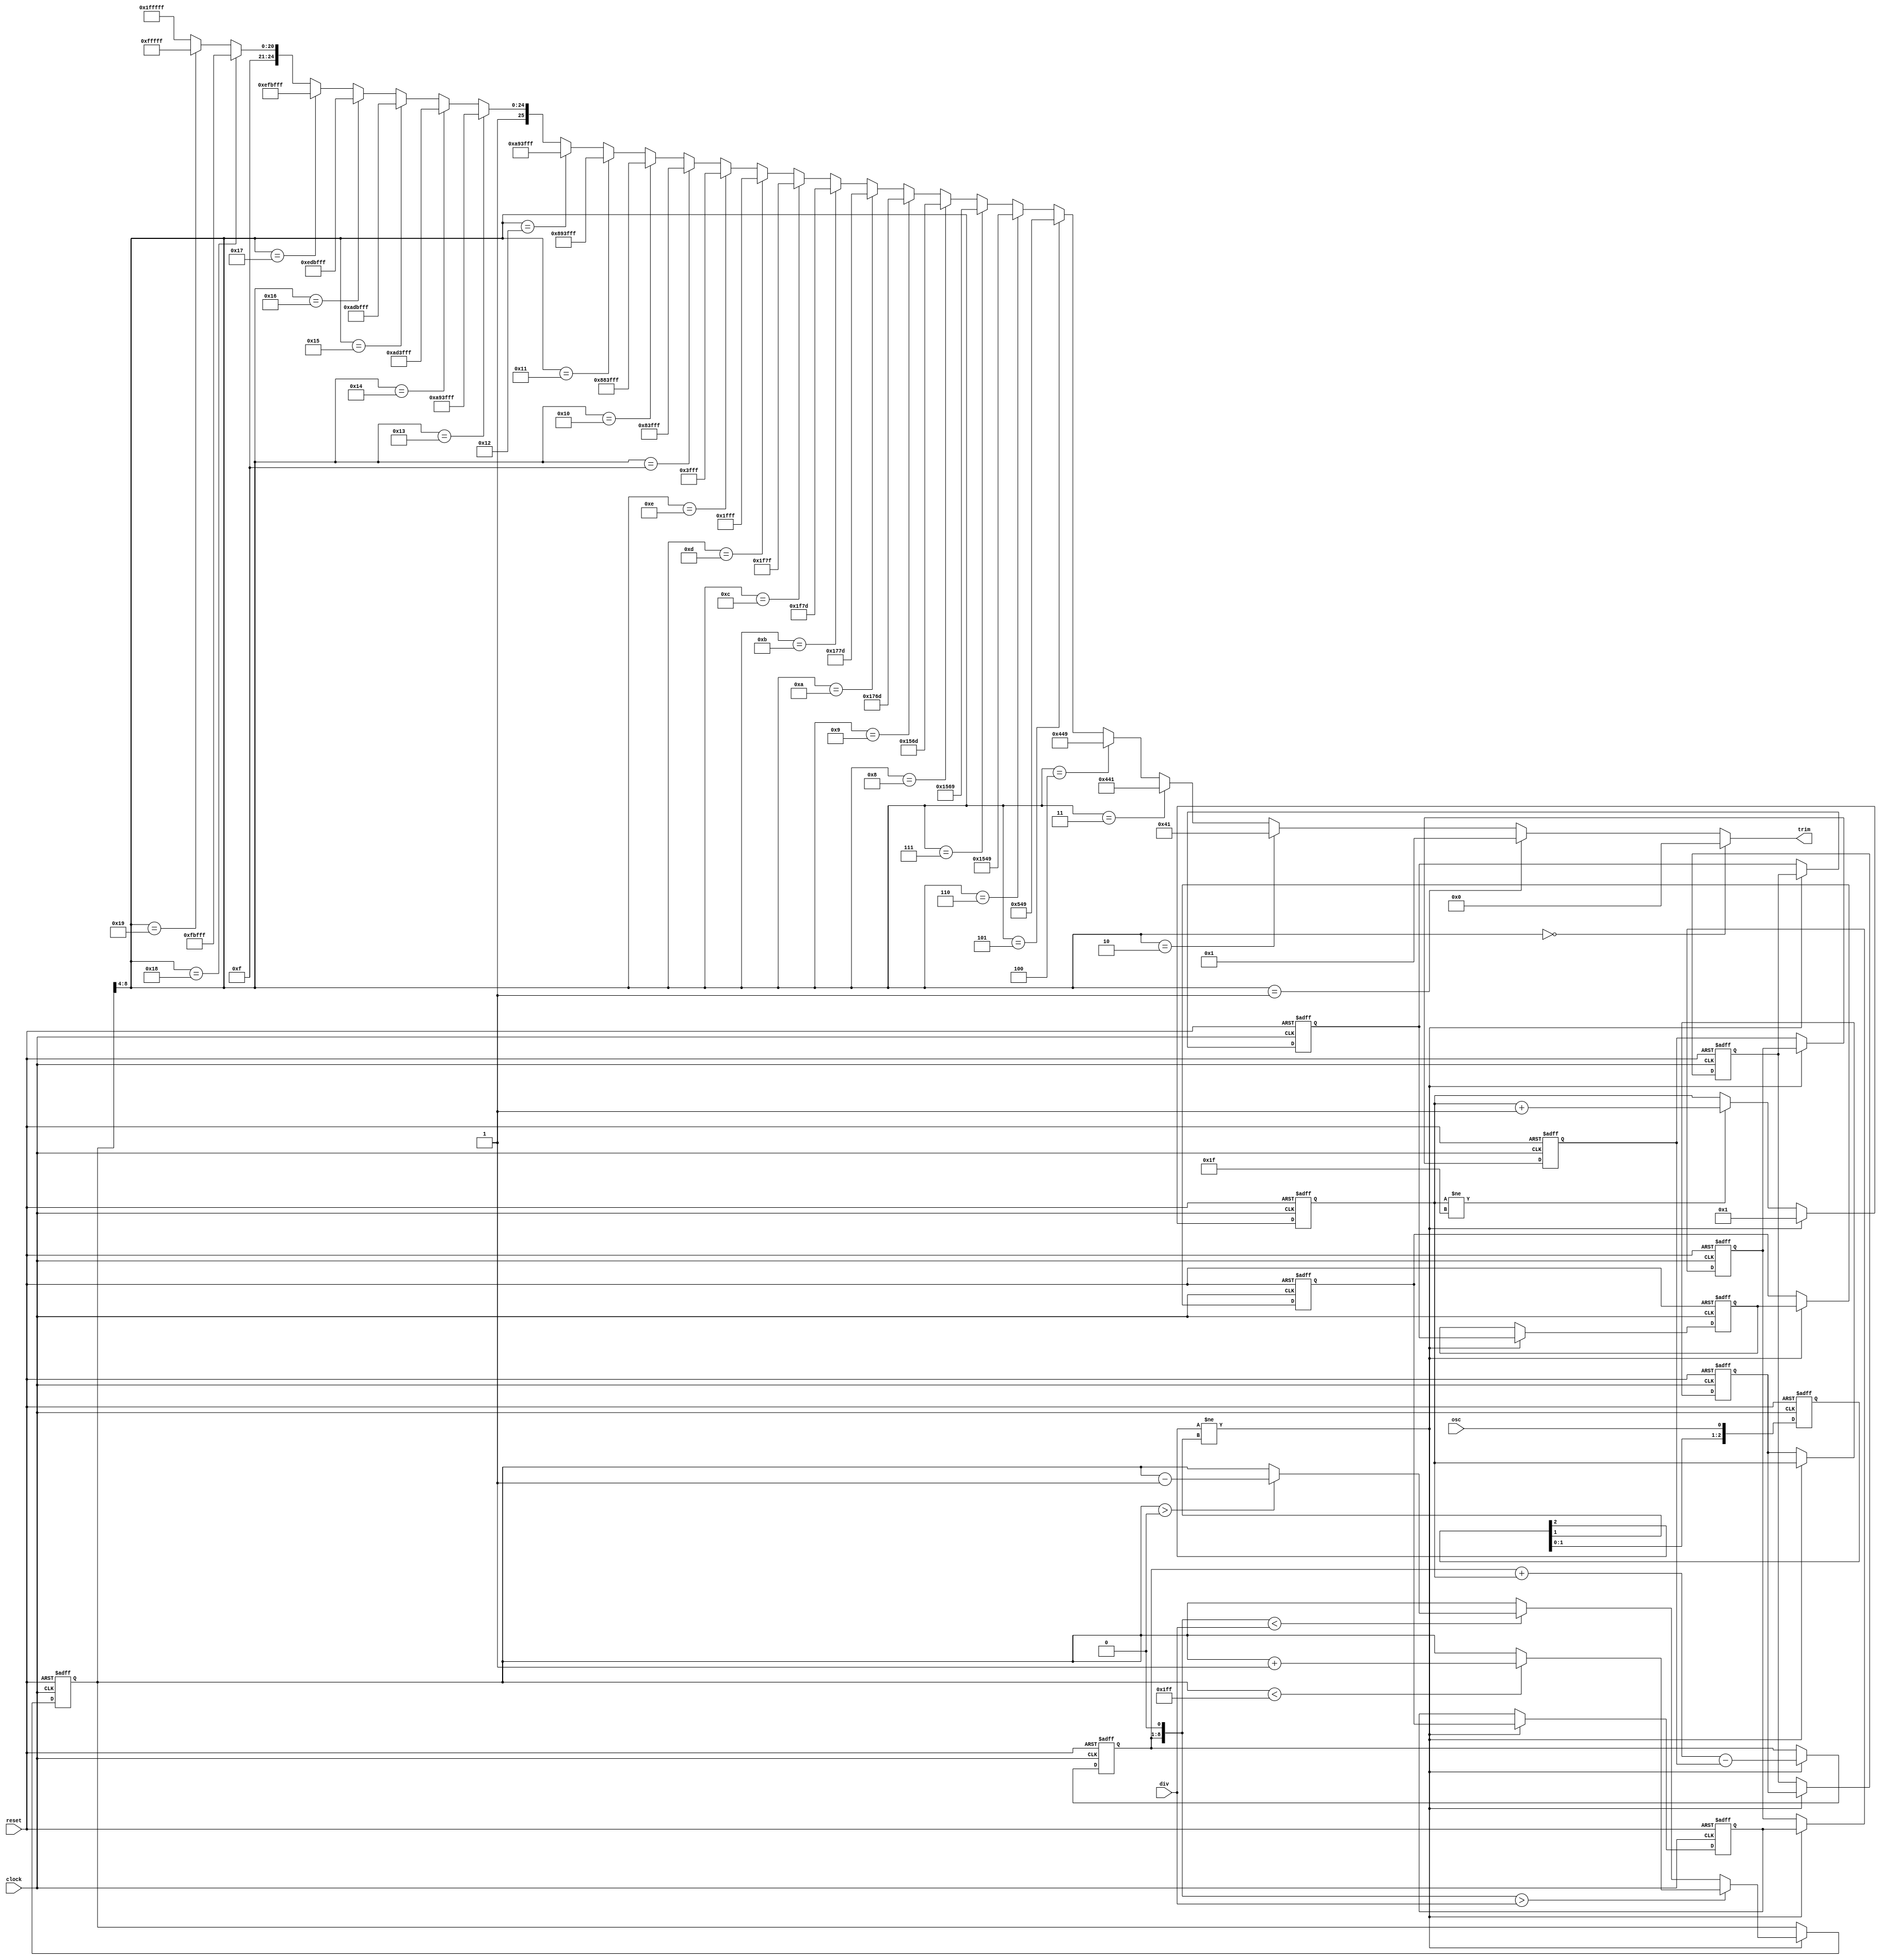
// SPDX-FileCopyrightText: 2020 Efabless Corporation
//
// Licensed under the Apache License, Version 2.0 (the "License");
// you may not use this file except in compliance with the License.
// You may obtain a copy of the License at
//
//      http://www.apache.org/licenses/LICENSE-2.0
//
// Unless required by applicable law or agreed to in writing, software
// distributed under the License is distributed on an "AS IS" BASIS,
// WITHOUT WARRANTIES OR CONDITIONS OF ANY KIND, either express or implied.
// See the License for the specific language governing permissions and
// limitations under the License.
// SPDX-License-Identifier: Apache-2.0

`default_nettype none
// (True) digital PLL
//
// Output goes to a trimmable ring oscillator (see documentation).
// Ring oscillator should be trimmable to above and below maximum
// ranges of the input.
//
// Input "osc" comes from a fixed clock source (e.g., crystal oscillator
// output).
//
// Input "div" is the target number of clock cycles per oscillator cycle.
// e.g., if div == 8 then this is an 8X PLL.
//
// Clock "clock" is the PLL output being trimmed.
// (NOTE:  To be done:  Pass-through enable)
//
// Algorithm:
//
// 1) Trim is done by thermometer code.  Reset to the highest value
//    in case the fastest rate clock is too fast for the logic.
//
// 2) Count the number of contiguous 1s and 0s in "osc"
//    periods of the master clock.  If the count maxes out, it does
//    not roll over.
//
// 3) Keep a running cumulative count of the total count for the last 8
//    half cycles.
//
// 4) If the accumulator is less than div, then the clock is too slow, so
//    decrease the trim code.  If the sum is greater than div, the
//    clock is too fast, so increase the trim code.  If the sum
//    is equal to div, the the trim code does not change.
//
// 5) When comparing against div, shift the accumulator by 1 bit for each
//    fractional bit of div above 2.  (e.g., if there are 3 fractional
//    bits in div, then compare {accum, 1'b0} against div).
//
// 6) Update trim at a rate slower than the accumulator updates

module dll_controller(reset, clock, osc, div, trim);
    input reset;
    input clock;
    input osc;
    input [7:0] div;		// 5 bits integer, 3 bits fractional
    output [25:0] trim;		// Use ring_osc2x13, with 26 trim bits

    wire [25:0] trim;
    reg [2:0] oscbuf;

    reg [4:0] count0;
    reg [4:0] count1;
    reg [4:0] count2;
    reg [4:0] count3;
    reg [4:0] count4;
    reg [4:0] count5;
    reg [4:0] count6;
    reg [4:0] count7;
    reg [4:0] count8;

    reg [7:0] accum;
    reg [8:0] tval;	// Fractional part must be > number of frac. bits in div
    wire [4:0] tint;	// Integer part of tval

    assign tint = tval[8:4];

    // Integer to thermometer code (maybe there's an algorithmic way?)
    assign trim = (tint == 5'd0)  ? 26'b0000000000000_0000000000000 :
          (tint == 5'd1)  ? 26'b0000000000000_0000000000001 :
          (tint == 5'd2)  ? 26'b0000000000000_0000001000001 :
          (tint == 5'd3)  ? 26'b0000000000000_0010001000001 :
          (tint == 5'd4)  ? 26'b0000000000000_0010001001001 :
          (tint == 5'd5)  ? 26'b0000000000000_0010101001001 :
          (tint == 5'd6)  ? 26'b0000000000000_1010101001001 :
          (tint == 5'd7)  ? 26'b0000000000000_1010101101001 :
          (tint == 5'd8)  ? 26'b0000000000000_1010101101101 :
          (tint == 5'd9)  ? 26'b0000000000000_1011101101101 :
          (tint == 5'd10) ? 26'b0000000000000_1011101111101 :
          (tint == 5'd11) ? 26'b0000000000000_1111101111101 :
          (tint == 5'd12) ? 26'b0000000000000_1111101111111 :
          (tint == 5'd13) ? 26'b0000000000000_1111111111111 :
          (tint == 5'd14) ? 26'b0000000000001_1111111111111 :
          (tint == 5'd15) ? 26'b0000001000001_1111111111111 :
          (tint == 5'd16) ? 26'b0010001000001_1111111111111 :
          (tint == 5'd17) ? 26'b0010001001001_1111111111111 :
          (tint == 5'd18) ? 26'b0010101001001_1111111111111 :
          (tint == 5'd19) ? 26'b1010101001001_1111111111111 :
          (tint == 5'd20) ? 26'b1010101101001_1111111111111 :
          (tint == 5'd21) ? 26'b1010101101101_1111111111111 :
          (tint == 5'd22) ? 26'b1011101101101_1111111111111 :
          (tint == 5'd23) ? 26'b1011101111101_1111111111111 :
          (tint == 5'd24) ? 26'b1111101111101_1111111111111 :
          (tint == 5'd25) ? 26'b1111101111111_1111111111111 :
                    26'b1111111111111_1111111111111;
   
    always @(posedge clock or posedge reset) begin
        if (reset == 1'b1) begin
            tval <= 9'd0;	// Note:  trim[0] must be zero for startup to work.
            oscbuf <= 3'd0;
	    accum  <= 8'd0;
            count0 <= 5'd0;
            count1 <= 5'd0;
            count2 <= 5'd0;
            count3 <= 5'd0;
            count4 <= 5'd0;
            count5 <= 5'd0;
            count6 <= 5'd0;
            count7 <= 5'd0;
            count8 <= 5'd0;

        end else begin
            oscbuf <= {oscbuf[1:0], osc};

            if (oscbuf[2] != oscbuf[1]) begin
		count8 <= count7;
		count7 <= count6;
		count6 <= count5;
		count5 <= count4;
		count4 <= count3;
		count3 <= count2;
		count2 <= count1;
		count1 <= count0;
                count0 <= 5'b00001;
		accum <= accum + count0 - count8;

                if ({accum, 1'b0} > div) begin
		    if (tval < 511) begin
            	        tval <= tval + 1;
		    end
                end else if ({accum, 1'b0} < div) begin
		    if (tval > 0) begin
            	        tval <= tval - 1;
		    end
                end
            end else begin
                if (count0 != 5'b11111) begin
                    count0 <= count0 + 1;
                end
            end
        end
    end

endmodule	// dll_controller
`default_nettype wire